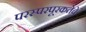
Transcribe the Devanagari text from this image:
परस्परपूरकतेचे